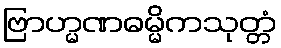
ဗြာဟ္မဏဓမ္မိကသုတ္တံ